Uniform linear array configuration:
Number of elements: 12
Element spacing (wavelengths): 0.5
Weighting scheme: blackman
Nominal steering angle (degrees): -15
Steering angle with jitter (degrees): -13.818
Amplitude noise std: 0.05
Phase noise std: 0.05

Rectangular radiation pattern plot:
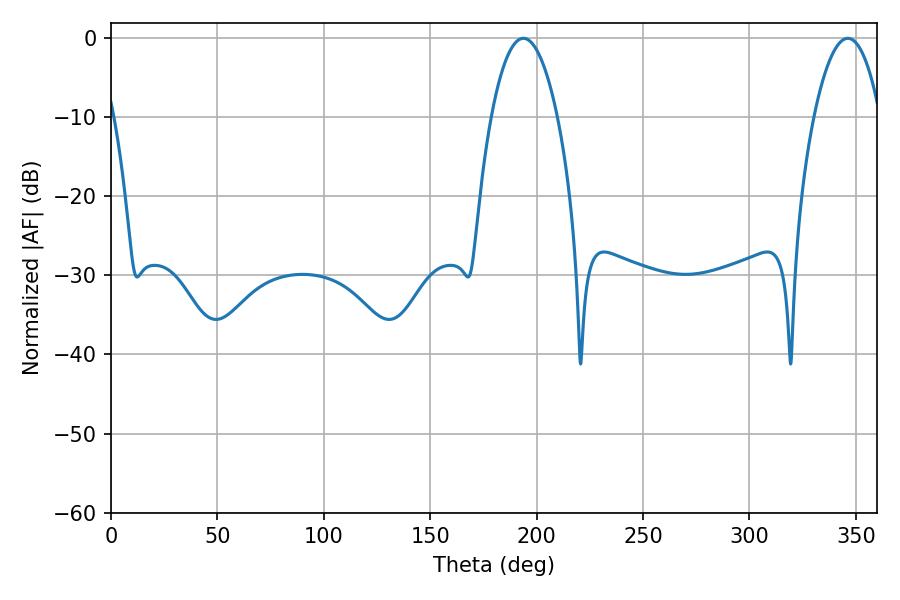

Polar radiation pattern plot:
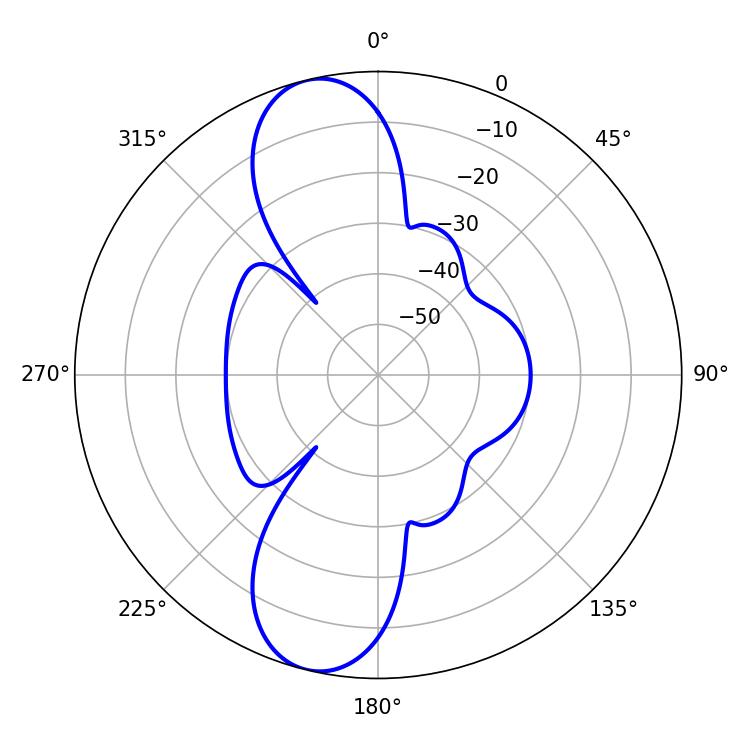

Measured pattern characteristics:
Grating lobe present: FALSE
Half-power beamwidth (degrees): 17.28
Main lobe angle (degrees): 193.86